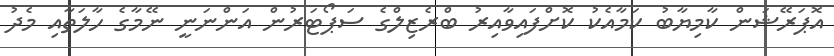
އޮޕަރޭޝަން ކާމިޔާބު ކަމާއެކު ކޮށްފައިވާއިރު ބްރެޒިލްގެ ސަޕޯޓަރުން އަންނަނީ ނޭމާގެ ހާލަތާއި މެދު